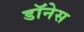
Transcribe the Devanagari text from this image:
डॉनेस